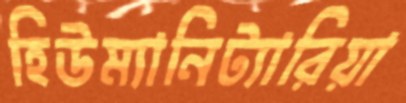
হিউম্যানিট্যারিয়া